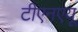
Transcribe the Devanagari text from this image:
टीएनएयू